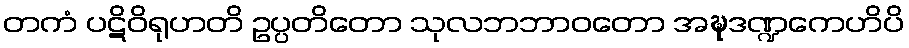
တကံ ပဋိဝိရုဟတိ ဥပ္ပတိတော သုလဘဘာဝတော အဍ္ဎဒဏ္ဍကေဟိပိ